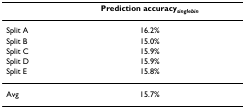
<table><thead><tr><td></td><td><b>Prediction accuracy<sub><i>singlebin</i></sub></b></td></tr></thead><tbody><tr><td>Split A</td><td>16.2%</td></tr><tr><td>Split B</td><td>15.0%</td></tr><tr><td>Split C</td><td>15.9%</td></tr><tr><td>Split D</td><td>15.9%</td></tr><tr><td>Split E</td><td>15.8%</td></tr><tr><td>Avg</td><td>15.7%</td></tr></tbody></table>